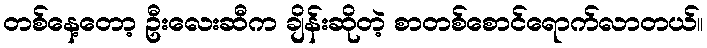
တစ်နေ့တော့ ဦးလေးဆီက ချိန်းဆိုတဲ့ စာတစ်စောင်ရောက်လာတယ်။